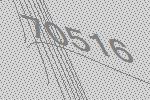
70516